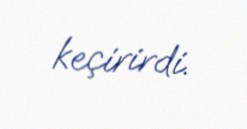
keçirirdi.